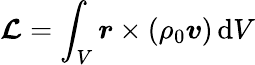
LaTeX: \boldsymbol{\mathcal{L}}=\int_{V}\boldsymbol{r}\times(\rho_{0}\boldsymbol{v})\, \mathrm{{d}}V